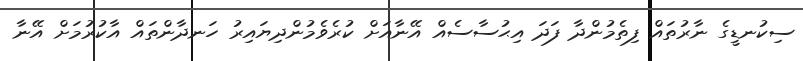
ސިކުނޑީގެ ނާރުތައް ފިތެމުންދާ ފަދަ އިޙުސާސެއް އޭނާއަށް ކުރެވެމުންދިޔައިރު ހަނދާންތައް އާކުރުމަށް އޭނާ